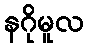
နဂိုမူလ